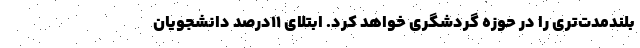
بلندمدت‌تری را در حوزه گردشگری خواهد کرد. ابتلای ۱۱درصد دانشجویان